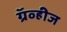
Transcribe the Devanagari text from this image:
ग्रॅव्हीज